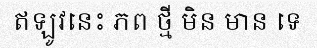
ឥឡូវនេះ ភព ថ្មី មិន មាន ទេ